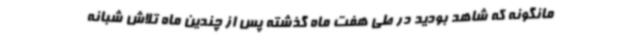
مانگونه که شاهد بودید در طی هفت ماه گذشته پس از چندین ماه تلاش شبانه